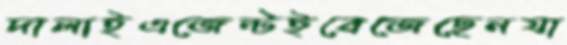
দালাইএজেন্টইবেজেছেনযা